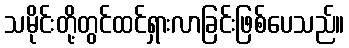
သမိုင်းတို့တွင်ထင်ရှားလာခြင်းဖြစ်ပေသည်။